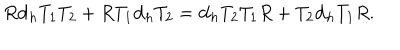
LaTeX: R { \bf d } _ { h } T _ { 1 } T _ { 2 } + R T _ { 1 } { \bf d } _ { h } T _ { 2 } = { \bf d } _ { h } T _ { 2 } T _ { 1 } R + T _ { 2 } { \bf d } _ { h } T _ { 1 } R .